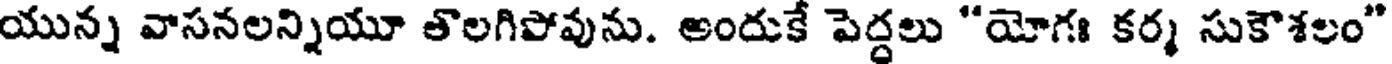
యున్న వాసనలన్నియూ తొలగిపోవును. అందుకే పెద్దలు "యోగః కర్మ సుకౌశలం"